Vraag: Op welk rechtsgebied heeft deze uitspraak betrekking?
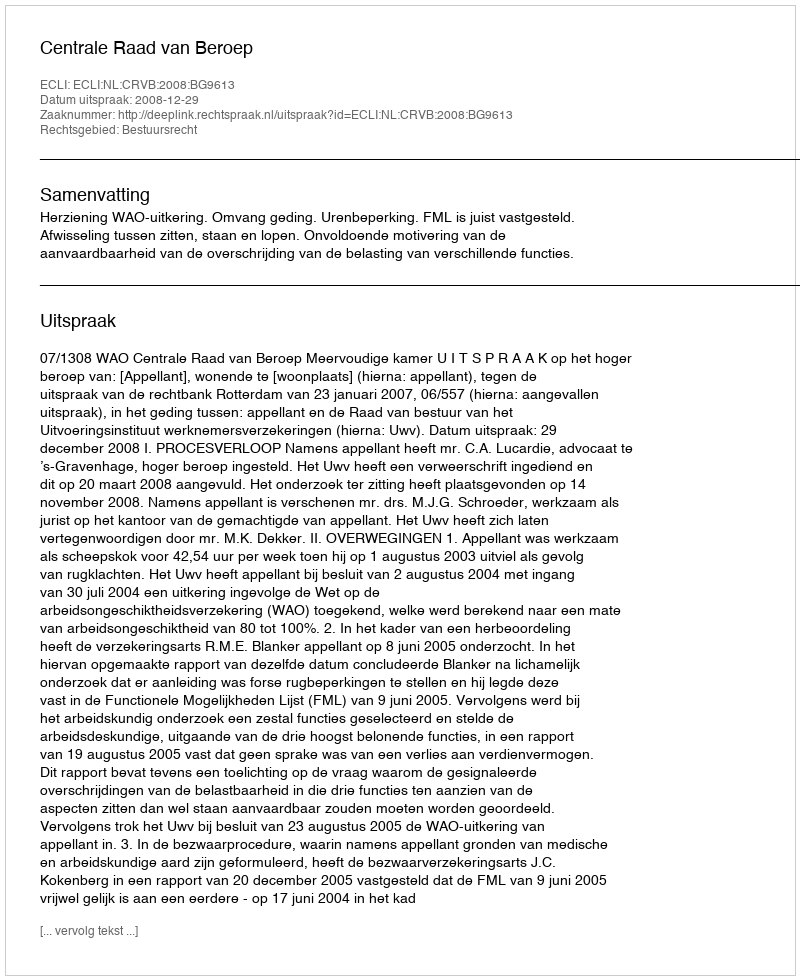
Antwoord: Bestuursrecht